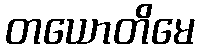
တယောတိမေ